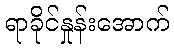
ရာခိုင်နှုန်းအောက်